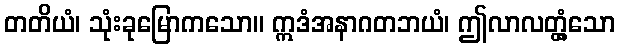
တတိယံ၊ သုံးခုမြောကသော။ ဣဒံအနာဂတဘယံ၊ ဤလာလတ္တံ့သော